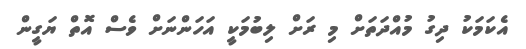
އެކަމަކު ދިގު މުއްދަތަށް މި ރަށް ލިބުމަކީ އަހަންނަށް ވެސް އޮތް ޔަގީން